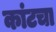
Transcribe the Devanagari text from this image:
कांटचा